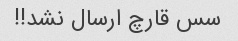
سس قارچ ارسال نشد!!